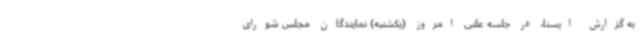
به گزارش ایسنا، در جلسه علنی امروز (یکشنبه) نمایندگان مجلس شورای